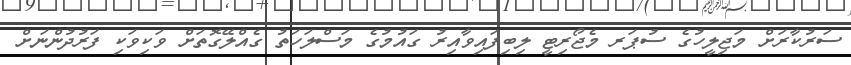
ސަރުކާރަށް މަޖިލީހުގެ ސުޕަރ މެޖޯރިޓީ ލިބިފައިވާއިރު ގައުމުގެ މަސްލަހަތު ގެއްލޭގޮތަށް ވަކިވަކި ފަރުދުންނަށް